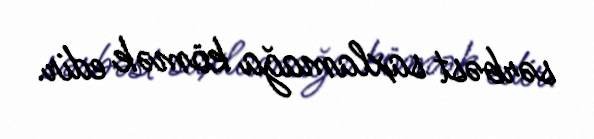
sərbəst saxlamağa kömək edir.